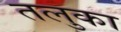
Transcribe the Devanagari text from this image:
तलुका